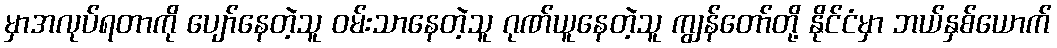
မှာအလုပ်ရတာကို ပျော်နေတဲ့သူ ဝမ်းသာနေတဲ့သူ ဂုဏ်ယူနေတဲ့သူ ကျွန်တော်တို့ နိုင်ငံမှာ ဘယ်နှစ်ယောက်